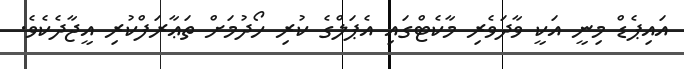
އައިޕެޑް މިނީ އަކީ ވާދަވެރި މާކެޓްގައި އެޕަލްގެ ކުރި ހޯދުމަށް ތަޢާރަފްކުރި އީޖާދެކެވެ.